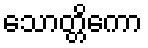
သောတ္တိကော